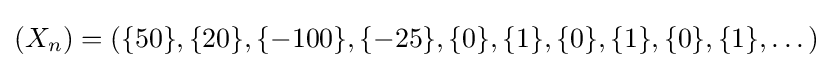
(X_{n})=(\{50\},\{20\},\{-100\},\{-25\},\{0\},\{1\},\{0\},\{1\},\{0\},\{1\},\dots )